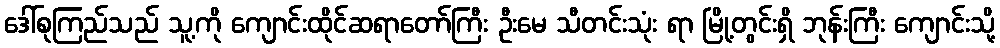
ဒေါ်စုကြည်သည် သူ့ကို ကျောင်းထိုင်ဆရာတော်ကြီး ဦးမေ သီတင်းသုံး ရာ မြို့တွင်းရှိ ဘုန်းကြီး ကျောင်းသို့